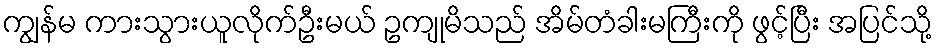
ကျွန်မ ကားသွားယူလိုက်ဦးမယ် ဥကျုမိသည် အိမ်တံခါးမကြီးကို ဖွင့်ပြီး အပြင်သို့